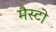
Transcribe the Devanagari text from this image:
मैस्टो